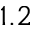
1 . 2